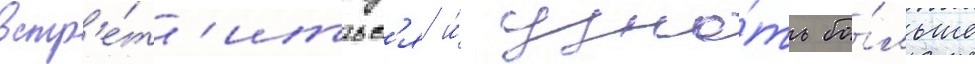
встр'е́т'итьс'я и́ узна́ть бо́льше